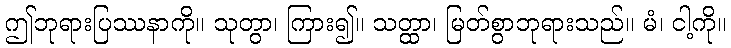
ဤဘုရားပြဿနာကို။ သုတွာ၊ ကြား၍။ သတ္ထာ၊ မြတ်စွာဘုရားသည်။ မံ၊ ငါ့ကို။